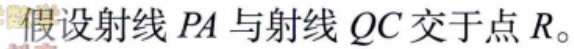
假设射线 \(PA\) 与射线 \(QC\) 交于点 \(R\)。